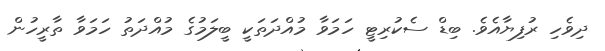
ދިވެހި ރުފިޔާއެވެ. ބިޑް ސެކުރިޓީ ހަމަވާ މުއްދަތަކީ ބީލަމުގެ މުއްދަތު ހަމަވާ ތާރީހުން